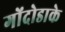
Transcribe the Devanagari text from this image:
गोंदोडाके